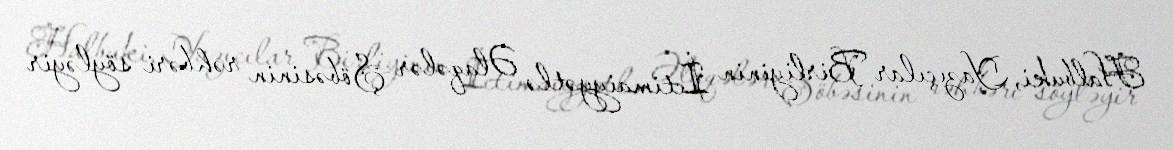
Halbuki, Yazıçılar Birliyinin İctimaiyyətlə Əlaqələr Şöbəsinin rəhbəri söyləyir